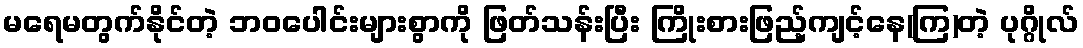
မရေမတွက်နိုင်တဲ့ ဘဝပေါင်းများစွာကို ဖြတ်သန်းပြီး ကြိုးစားဖြည့်ကျင့်နေ(ကြ)တဲ့ ပုဂ္ဂိုလ်